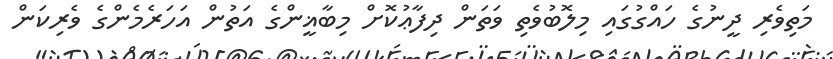
މަތިވެރި ދީނުގެ ހައްގުގައި މިލޮބުވެތި ވަތަން ދިފާޢުކޮށް މިބާޣީންގެ އަތުން އަހަރެމެންގެ ވެރިކަން